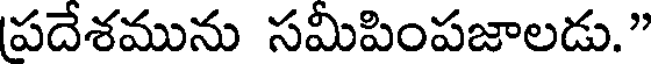
పదేశమును సమీపింపజాలడు."